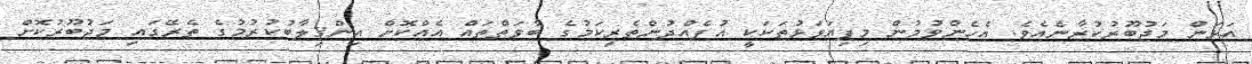
އަޅަން މަޖުބޫރުކުރާނެއެވެ. އެހެންވުމުން މިފިޔަވަޅުތަކަކީ އުފެއްދުންތެރިކަމުގެ ބާވަތްތައް އެއްކޮށް އިންޤިލާބުކުރުމުގެ ތެރޭގައި މަޖުބޫރުކޮށް